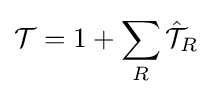
{\mathcal {T}}=1+\sum _{R}{\hat {\mathcal {T}}}_{R}